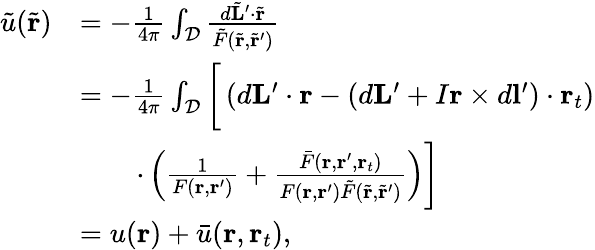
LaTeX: \begin{array}{rl}{\tilde{u}(\tilde{\mathbf{r}})}&{=-\frac{1}{4\pi}\int_{\mathcal{D}}\frac{d\tilde{\mathbf{L}}^{\prime}\cdot\tilde{\mathbf{r}}}{\tilde{F}(\tilde{\mathbf{r}},\tilde{\mathbf{r}}^{\prime})}}\\ &{=-\frac{1}{4\pi}\int_{\mathcal{D}}\bigg[\left(d\mathbf{L}^{\prime}\cdot\mathbf{r}-(d\mathbf{L}^{\prime}+I\mathbf{r}\times d\mathbf{l}^{\prime})\cdot\mathbf{r}_{t}\right)}\\ &{\qquad\cdot\left(\frac{1}{F(\mathbf{r},\mathbf{r}^{\prime})}+\frac{\bar{F}(\mathbf{r},\mathbf{r}^{\prime},\mathbf{r}_{t})}{F(\mathbf{r},\mathbf{r}^{\prime})\tilde{F}(\tilde{\mathbf{r}},\tilde{\mathbf{r}}^{\prime})}\right)\bigg]}\\ &{=u(\mathbf{r})+\bar{u}(\mathbf{r},\mathbf{r}_{t}),}\end{array}